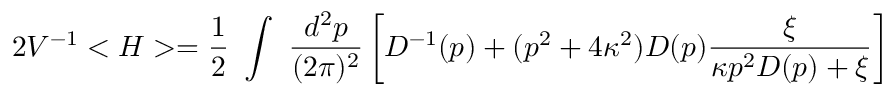
2 V ^ { - 1 } < H > = \frac { 1 } { 2 } ~ \int ~ \frac { d ^ { 2 } p } { ( 2 \pi ) ^ { 2 } } \left[ D ^ { - 1 } ( p ) + ( p ^ { 2 } + 4 \kappa ^ { 2 } ) D ( p ) \frac { \xi } { \kappa p ^ { 2 } D ( p ) + \xi } \right]